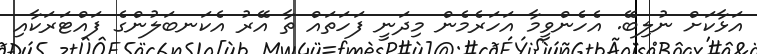
އަޅާކަށް ނުލިބޭ. އެހެންވީމާ އަހަރެމެން މިދަނީ ފަހަތައް ތާ އޭރު އެކަނބަލުންގެ ފައްޓަރަކާއި